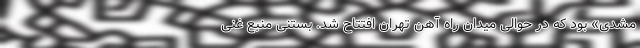
مشدی» بود که در حوالی میدان راه آهن تهران افتتاح شد. بستنی منبع غنی